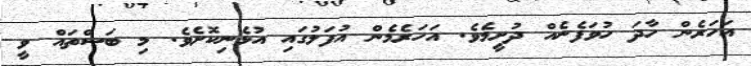
އަހަރެން ހާދަ ހުވަފެނެއް ދުށީމެވެ. އަހަރެމެން އުފަލުގައި އުޅެނިކޮށެވެ. މި ބަސްތައް ވީ